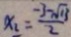
x _ { 2 } = \frac { - 3 - \sqrt { 1 3 } } { 2 }